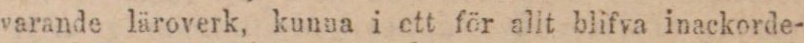
varande läroverk, kunna i ett för allt blifva inackorde-